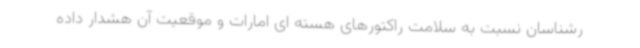
رشناسان نسبت به سلامت راکتورهای هسته ای امارات و موقعیت آن هشدار داده